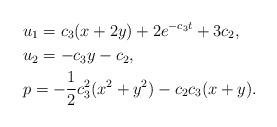
LaTeX: \begin{align*}& u_{1}=c_{3}(x+2y)+2e^{-c_{3}t}+3c_{2},\\& u_{2}=-c_{3}y-c_{2},\\& p=-\frac{1}{2}c_{3}^{2}(x^{2}+y^{2})-c_{2}c_{3}(x+y).\end{align*}